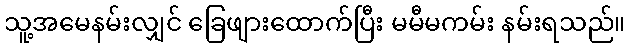
သူ့အမေနမ်းလျှင် ခြေဖျားထောက်ပြီး မမီမကမ်း နမ်းရသည်။